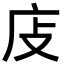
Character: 𢇮